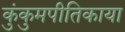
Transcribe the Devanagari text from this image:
कुंकुमपीतिकाया